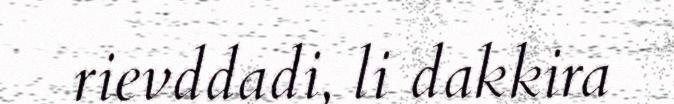
rievddadi, li dakkira